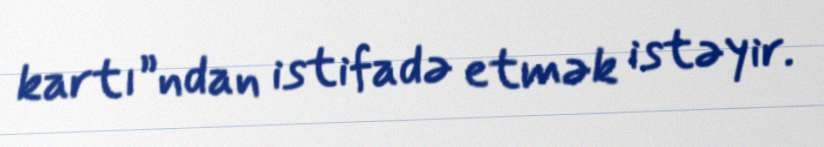
kartı”ndan istifadə etmək istəyir.